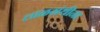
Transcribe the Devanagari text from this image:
लाळग्रंथीना